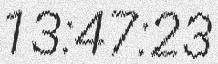
13:47:23